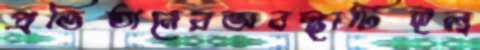
প্রতিষ্ঠানেরঅবস্থাটিইল্